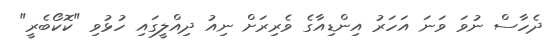
ދެހާސް ނުވަ ވަނަ އަހަރު އިންޑިއާގެ ވެރިރަށް ނިއު ދިއްލީގައި ހުޅުވި "ކޮކޯބެރީ"